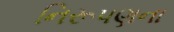
નિરૂપણના